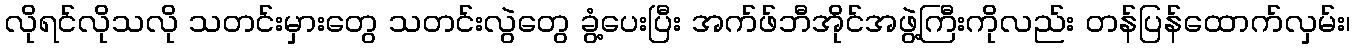
လိုရင်လိုသလို သတင်းမှားတွေ သတင်းလွဲတွေ ခွံ့ပေးပြီး အက်ဖ်ဘီအိုင်အဖွဲ့ကြီးကိုလည်း တန်ပြန်ထောက်လှမ်း၊